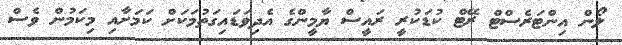
ލޯން އިންޓަރެސްޓް ރޭޓް ކުޑަކުރީ ރައީސް ޔާމީންގެ އެދިވަޑައިގަތުމަކަށް ކަމަށާއި މިކަމުން ވެސް